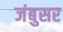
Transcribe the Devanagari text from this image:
जंबुसर